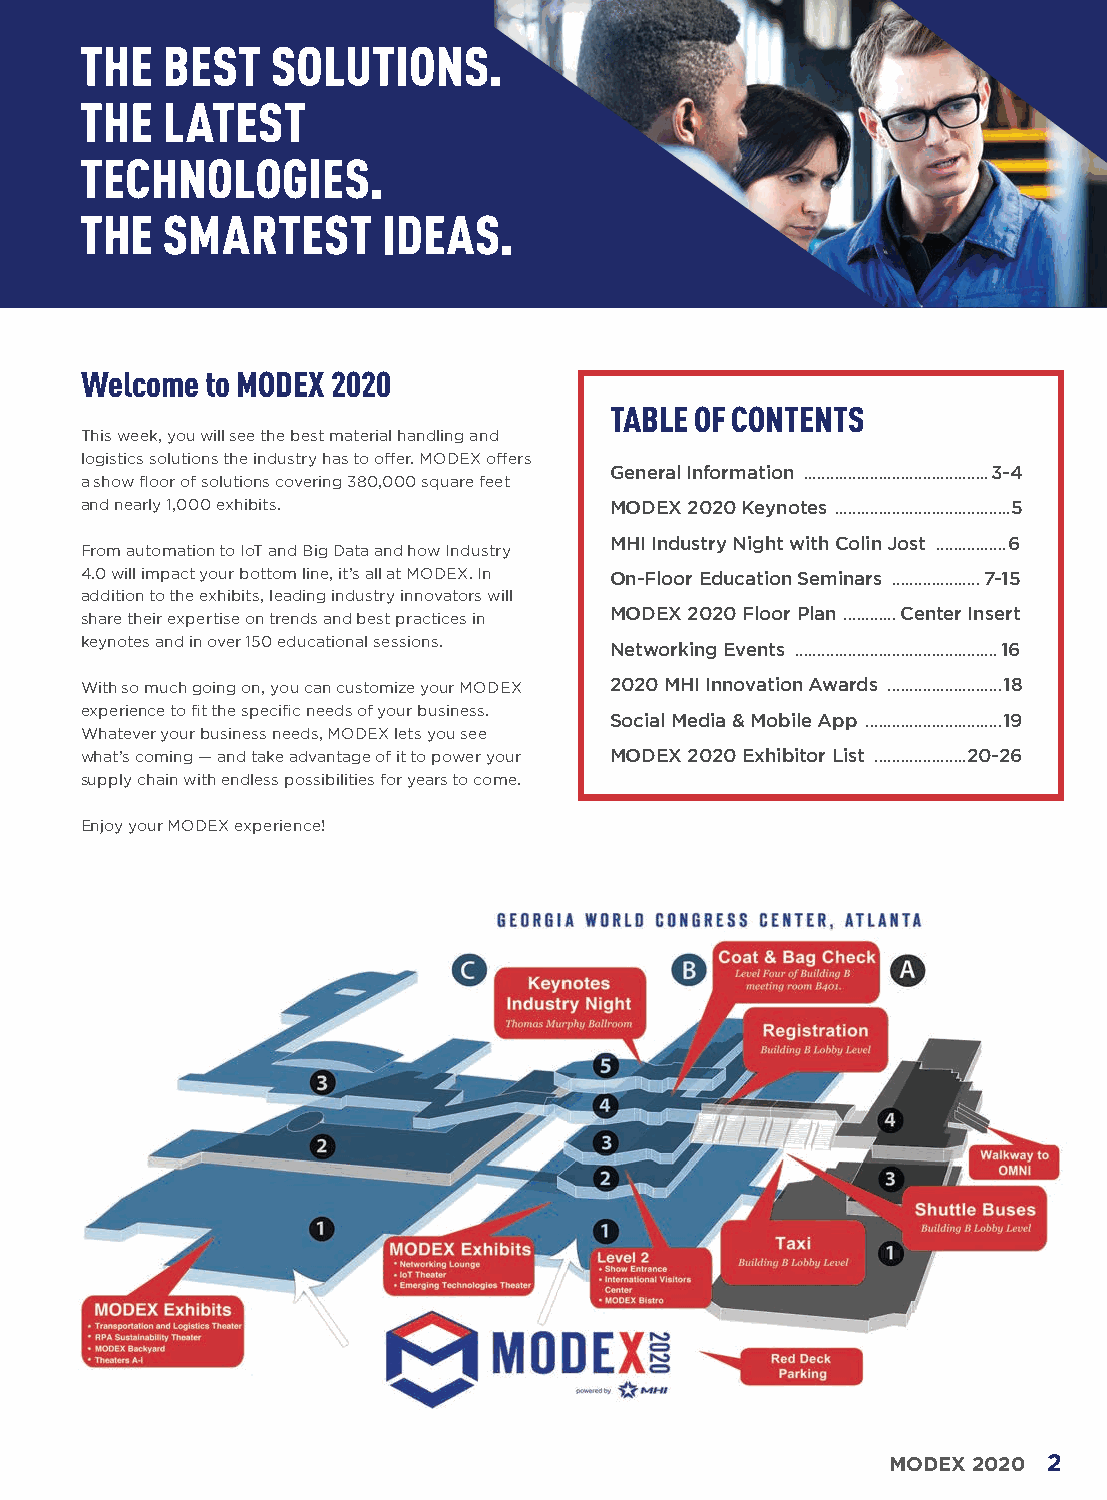
THE   BEST   SOLUTIONS.
 THE   LATEST
 TECHNOLOGIES.
 THE   SMARTEST      IDEAS.
 Welcome  to MODEX 2020
 TABLE OF CONTENTS
 This week, you will see the best material handling and
 logistics solutions the industry has to offer. MODEX offers
 General Information ..........................................3-4
 a show floor of solutions covering 380,000 square feet
 and nearly 1,000 exhibits.         MODEX 2020 Keynotes ........................................5
 MHI Industry Night with Colin Jost ................6
 From automation to IoT and Big Data and how Industry
 4.0 will impact your bottom line, it’s all at MODEX. In On-Floor Education Seminars ....................7-15
 addition to the exhibits, leading industry innovators will
 share their expertise on trends and best practices in MODEX 2020 Floor Plan ............Center Insert
 keynotes and in over 150 educational sessions. Networking Events ..............................................16
 With so much going on, you can customize your MODEX 2020 MHI Innovation Awards ..........................18
 experience to fit the specific needs of your business.
 Social Media & Mobile App ...............................19
 Whatever your business needs, MODEX lets you see
 what’s coming — and take advantage of it to power your MODEX 2020 Exhibitor List .....................20-26
 supply chain with endless possibilities for years to come.
 Enjoy your MODEX experience!
 MODEX 2020 2